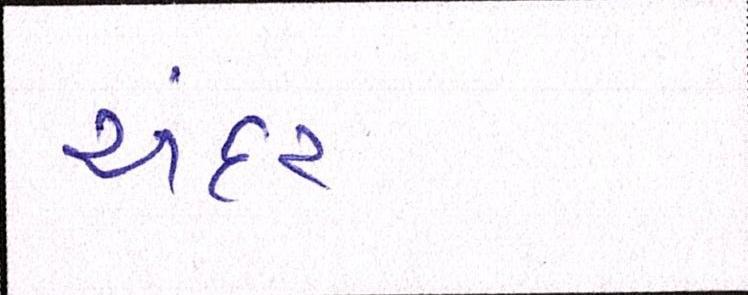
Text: અંદર